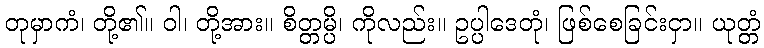
တုမှာကံ၊ တို့၏။ ဝါ၊ တို့အား။ စိတ္တမ္ပိ၊ ကိုလည်း။ ဥပ္ပါဒေတုံ၊ ဖြစ်စေခြင်းငှာ။ ယုတ္တံ